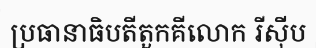
ប្រធានាធិបតីតួកគីលោក រីស៊ីប